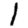
Digit: 1